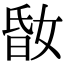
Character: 𡝪